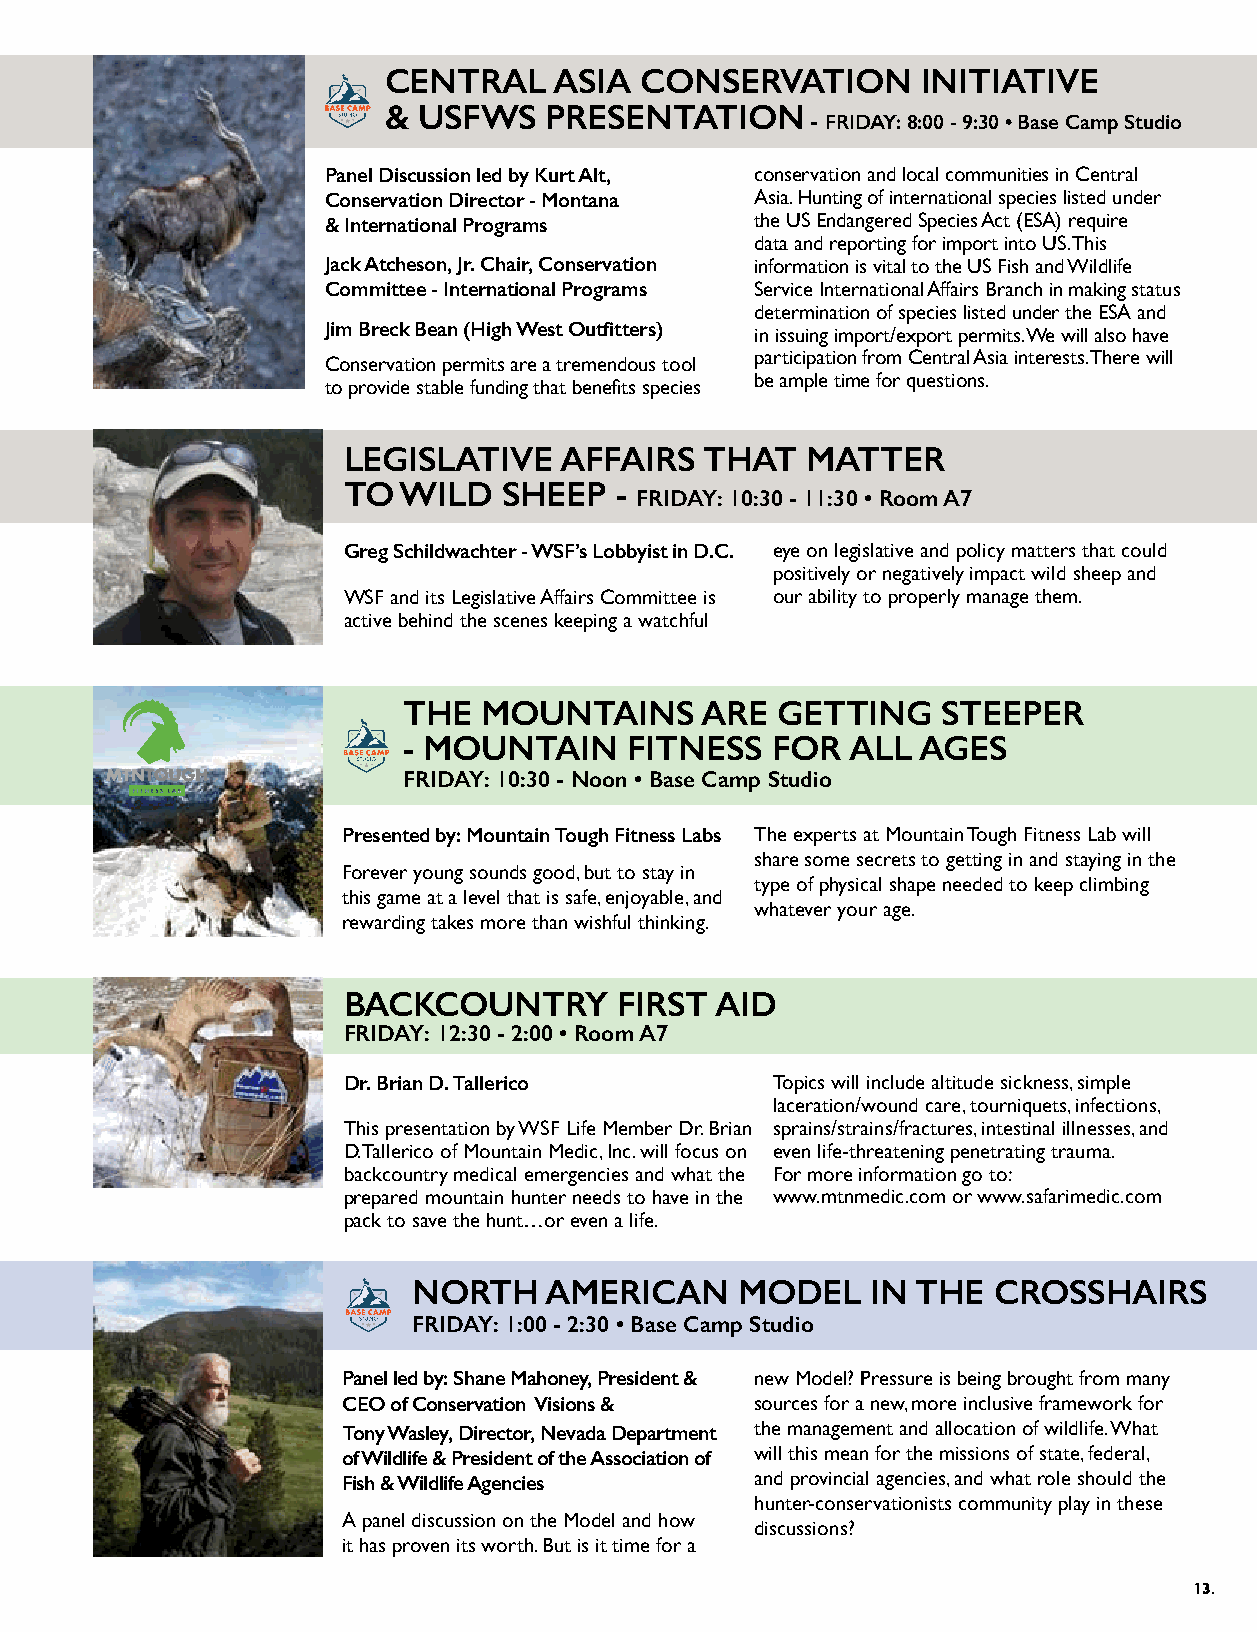
CENTRAL     ASIA CONSERVATION       INITIATIVE
 &  USFWS   PRESENTATION
 - FRIDAY: 8:00 - 9:30 • Base Camp Studio
 Panel Discussion led by Kurt Alt, conservation and local communities in Central
 Conservation Director - Montana Asia. Hunting of international species listed under
 & International Programs    the US Endangered Species Act (ESA) require
 data and reporting for import into US. This
 Jack Atcheson, Jr. Chair, Conservation information is vital to the US Fish and Wildlife
 Committee - International Programs Service International Affairs Branch in making status
 determination of species listed under the ESA and
 Jim Breck Bean (High West Outfitters) in issuing import/export permits. We will also have
 participation from Central Asia interests. There will
 Conservation permits are a tremendous tool
 be ample time for questions.
 to provide stable funding that benefits species
 LEGISLATIVE   AFFAIRS  THAT   MATTER
 TO WILD   SHEEP   -
 FRIDAY: 10:30 - 11:30 • Room A7
 Greg Schildwachter - WSF’s Lobbyist in D.C. eye on legislative and policy matters that could
 positively or negatively impact wild sheep and
 WSF and its Legislative Affairs Committee is our ability to properly manage them.
 active behind the scenes keeping a watchful
 THE  MOUNTAINS     ARE  GETTING    STEEPER
 - MOUNTAIN     FITNESS  FOR  ALL  AGES
 FRIDAY: 10:30 - Noon • Base Camp Studio
 Presented by: Mountain Tough Fitness Labs The experts at Mountain Tough Fitness Lab will
 share some secrets to getting in and staying in the
 Forever young sounds good, but to stay in
 type of physical shape needed to keep climbing
 this game at a level that is safe, enjoyable, and
 whatever your age.
 rewarding takes more than wishful thinking.
 BACKCOUNTRY       FIRST AID
 FRIDAY: 12:30 - 2:00 • Room A7
 Dr. Brian D. Tallerico      Topics will include altitude sickness, simple
 laceration/wound care, tourniquets, infections,
 This presentation by WSF Life Member Dr. Brian sprains/strains/fractures, intestinal illnesses, and
 D. Tallerico of Mountain Medic, Inc. will focus on even life-threatening penetrating trauma.
 backcountry medical emergencies and what the For more information go to:
 prepared mountain hunter needs to have in the www.mtnmedic.com or www.safarimedic.com
 pack to save the hunt…or even a life.
 NORTH    AMERICAN     MODEL    IN THE  CROSSHAIRS
 FRIDAY: 1:00 - 2:30 • Base Camp Studio
 Panel led by: Shane Mahoney, President & new Model? Pressure is being brought from many
 CEO of Conservation Visions & sources for a new, more inclusive framework for
 Tony Wasley, Director, Nevada Department the management and allocation of wildlife. What
 of Wildlife & President of the Association of will this mean for the missions of state, federal,
 Fish & Wildlife Agencies   and provincial agencies, and what role should the
 hunter-conservationists community play in these
 A panel discussion on the Model and how
 discussions?
 it has proven its worth. But is it time for a
 13.